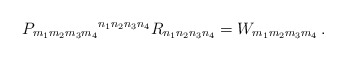
\begin{align*}P_{m_1m_2m_3m_4}{}^{n_1n_2n_3n_4}R_{n_1n_2n_3n_4} = W_{m_1m_2m_3m_4}\,.\end{align*}